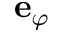
\mathbf { e } _ { \varphi }